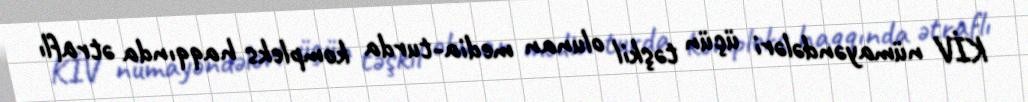
KİV nümayəndələri üçün təşkil olunan media-turda kompleks haqqında ətraflı